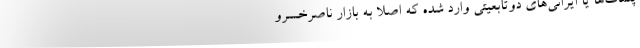
پلمات‌ها یا ایرانی‌های دوتابعیتی وارد شده که اصلا به بازار ناصرخسرو